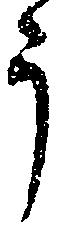
う